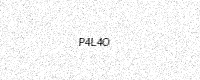
Text: P4L4O